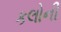
કલોની